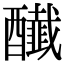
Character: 𨣲